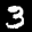
Label: 3